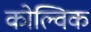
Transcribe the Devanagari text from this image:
कोल्विक